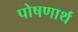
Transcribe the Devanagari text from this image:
पोषणार्थ